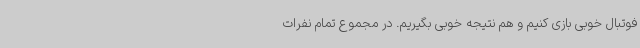
فوتبال خوبی بازی کنیم و هم نتیجه خوبی بگیریم. در مجموع تمام نفرات